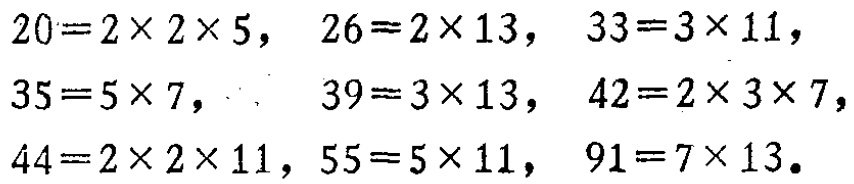
\[

\begin{align*}

20&=2\times2\times5, &26&=2\times13, &33&=3\times11,\\

35&=5\times7, &39&=3\times13, &42&=2\times3\times7,\\

44&=2\times2\times11, &55&=5\times11, &91&=7\times13.

\end{align*}

\]